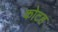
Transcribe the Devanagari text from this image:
कोटह